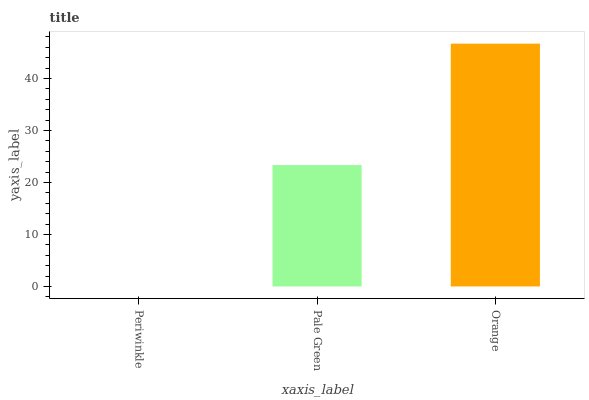
| xaxis_label | bars |
 | --- | --- |
 | Periwinkle | 0 |
 | Pale Green | 23.3 |
 | Orange | 46.7 |